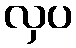
လှပ